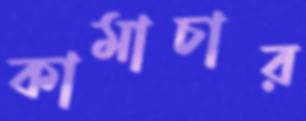
কামাচার